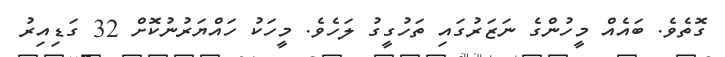
ގޮތެވެ. ބައެއް މީހުންގެ ނަޒަރުގައި ތަހުގީގު ލަހެވެ. މީހަކު ހައްޔަރުނުކޮށް 32 ގަޑިިއިރު